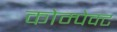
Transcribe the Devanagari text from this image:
कोम्पेक्ट